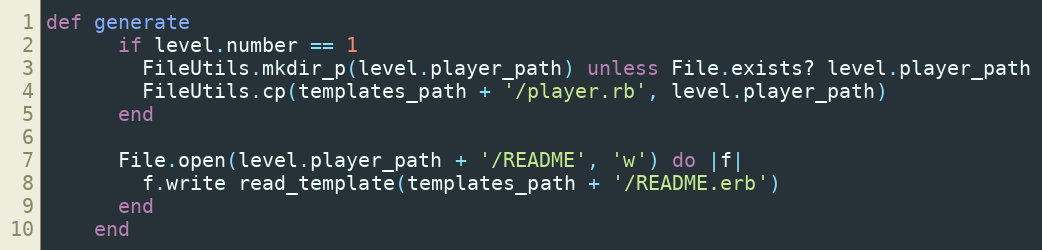
Language: Ruby
def generate
      if level.number == 1
        FileUtils.mkdir_p(level.player_path) unless File.exists? level.player_path
        FileUtils.cp(templates_path + '/player.rb', level.player_path)
      end

      File.open(level.player_path + '/README', 'w') do |f|
        f.write read_template(templates_path + '/README.erb')
      end
    end